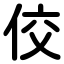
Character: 佼